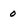
Character: 0